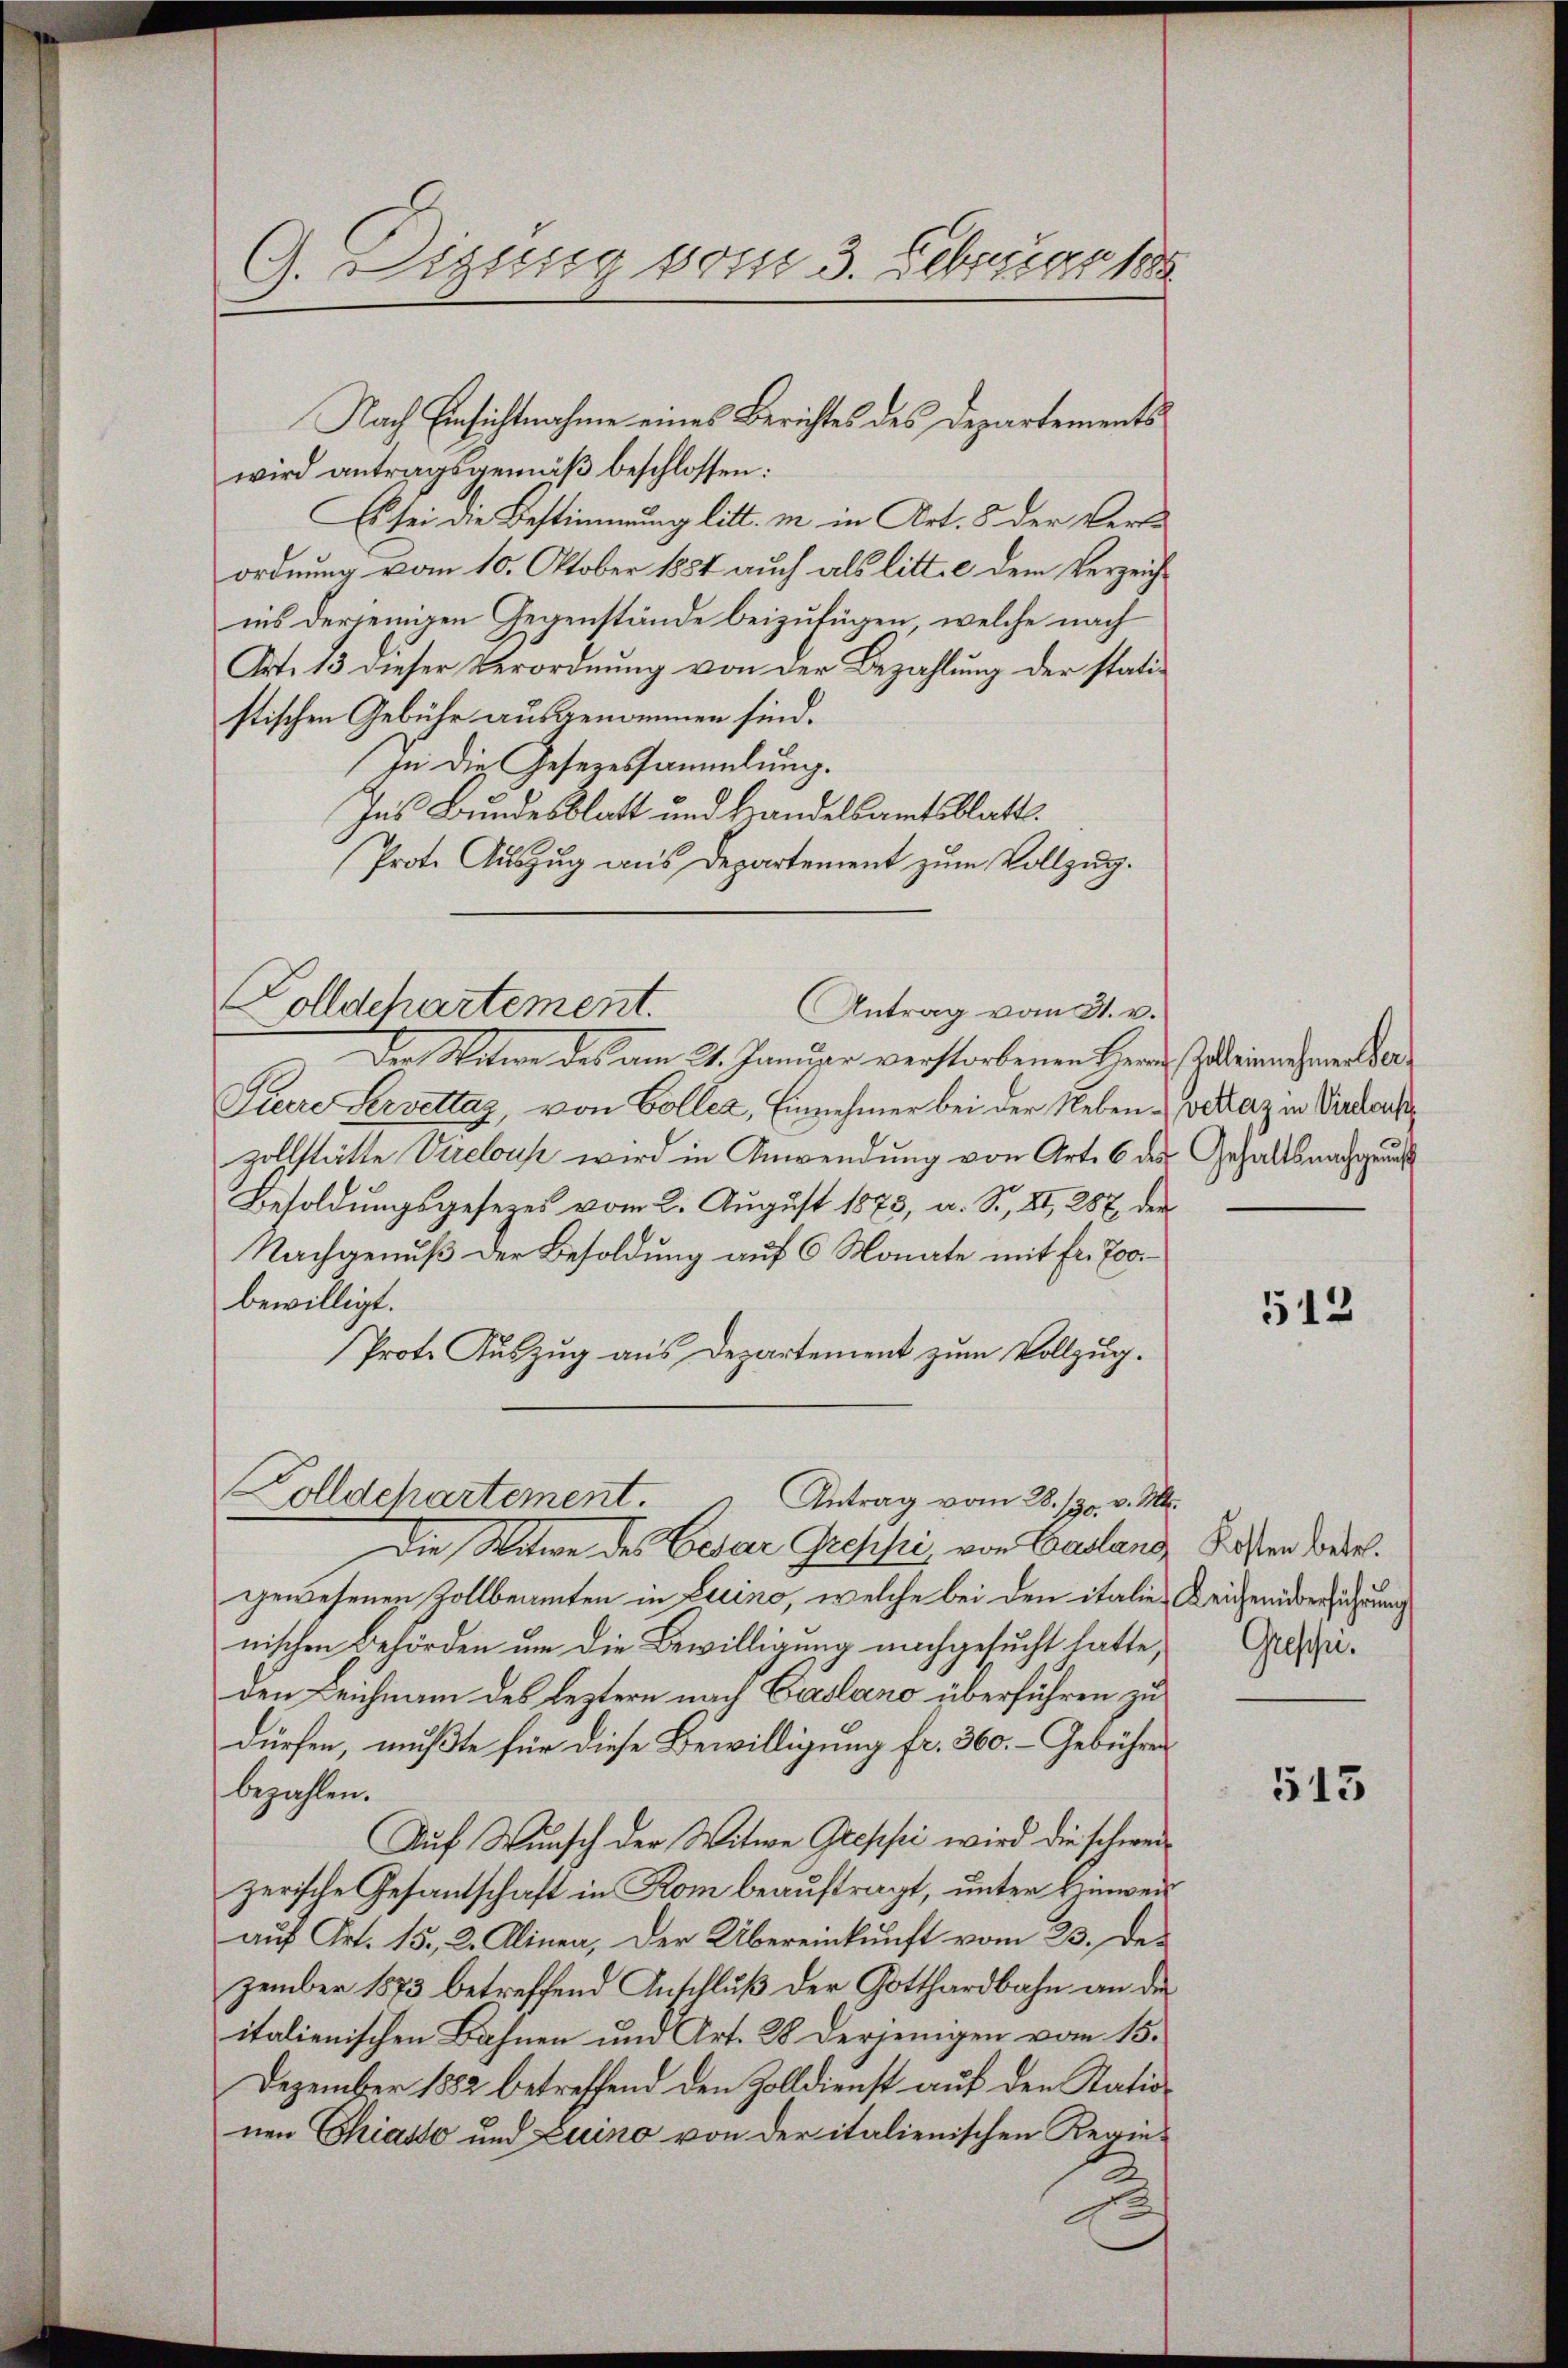
G. Diese vom 3. Februar 1888

wird antragsgemäß beschlossen:
Es sei die Bestimmung litt. in in Art. 8 der Verordnung vom 10. Oktober 1884 auch als litt. c dem Verzeichins derjenigen Gegenstände beizufügen, welche nach
Art. 13 dieser Verordnung von der Bezahlung der statistischen Gebühr ausgenommen sind.
In die Gesezessammlung.
Ins Bundesblatt und Handelsamtsblatt.
Prote Auszug aus Departement zum Vollzug.
Der Witwe des am 24. Januar verstorbenen Herrn Zolbeinnahmendar¬
Guere Servettag, von Coller, Einnehmer bei der Neben - vedaz in Verdach
zollstätte Virelouse wird in Anwendung von Art. 6 des Gehaltsnachgeach
Besoldŭngsgesezes vom 2. August 1873, a. S. XI, 287, der
Nachgenuß der Besoldung auf 6 Monate mit fr. 700
bewilligt.
Prote Auszug aus Departement zum Vollzug.
Polldepartement. " Antrag vom 28. pr. v. Ms.
Die Witwe des Cesar Grephi, von Calang
gewesenen Zollbeamten in Luino, welche bei den italie Weigenüberführung
nischen Behörden um die Bewilligung nachgesucht hatte,
den Leichnam des leztern nach Casano überführen zu
dürfen, mußte für diese Bewilligung fr. 360. – Gebührer
bezahlen.
Auf Wunsch der Witwe Greppei wird die schweizerische Gesantschaft in Rom beauftragt, unter Hinweis
auf Art. 15, 2. Alinea, Der Übereinkunft vom 23. Dezember 1873 betreffend Anschluß der Gotthardbahn an der
italienischen Bahnen und Art. 28 derjenigen vom 15.
Dezember 1882 betreffend den Zolldienst auf den Stationen Chiasso und Luino von der italienischen Regie¬

Dolldchartement.

Nach Einsichtnahme eines Berichtes des Departements

Antrag vom 31. v.

512

Kosten betr.
Gresen.

513